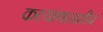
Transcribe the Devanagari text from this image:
कल्याणासाठीच